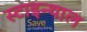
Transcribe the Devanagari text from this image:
स्टाइन्थाल